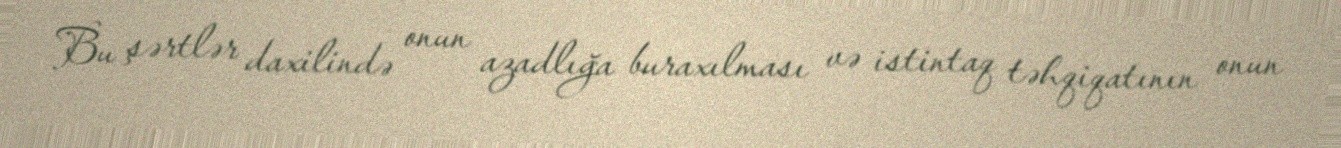
Bu şərtlər daxilində onun azadlığa buraxılması və istintaq təhqiqatının onun